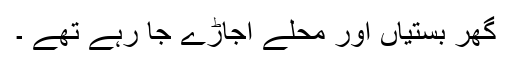
گھر بستیاں اور محلے اجاڑے جا رہے تھے ۔